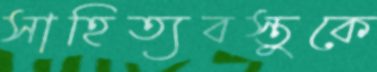
সাহিত্যবস্তুকে